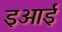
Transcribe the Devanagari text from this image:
इआई